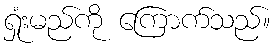
ရှုံးမည်ကို ကြောက်သည်။